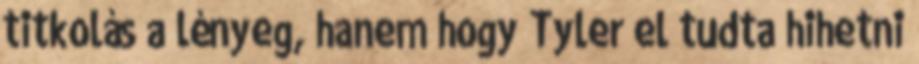
titkolás a lényeg, hanem hogy Tyler el tudta hihetni